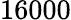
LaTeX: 16000